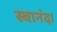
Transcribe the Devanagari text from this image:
स्वानंद।